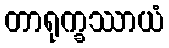
တာရုက္ခဿာယံ